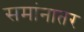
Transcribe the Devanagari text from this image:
समांनातर